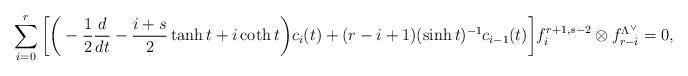
\begin{align*}\sum^r_{i=0}\bigg[\bigg(-\frac{1}{2}\frac{d}{dt}-\frac{i+s}{2}\tanh t +i \coth t\bigg)c_i(t)+(r-i+1)(\sinh t)^{-1}c_{i-1}(t)\bigg]f^{r+1,s-2}_i\otimes f^{\Lambda^\vee}_{r-i}=0,\end{align*}